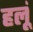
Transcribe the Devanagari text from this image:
हलूं